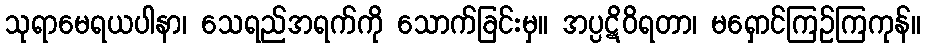
သုရာမေရယပါနာ၊ သေရည်အရက်ကို သောက်ခြင်းမှ။ အပ္ပဋိဝိရတာ၊ မရှောင်ကြဉ်ကြကုန်။